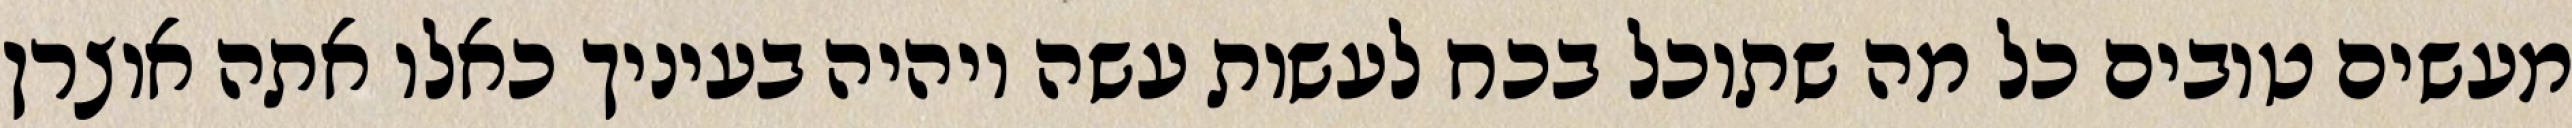
מעשים טובים כל מה שתוכל בכח לעשות עשה ויהיה בעיניך כאלו אתה אוצרן